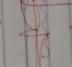
Signature authenticity: genuine